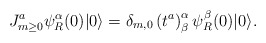
\begin{align*}J^a_{m\ge0}\psi_R^\alpha(0)|0\rangle=\delta_{m,0}\left(t^a\right)^\alpha_\beta\psi^\beta_R(0)|0\rangle.\end{align*}